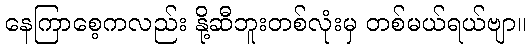
နေကြာစေ့ကလည်း နို့ဆီဘူးတစ်လုံးမှ တစ်မယ်ရယ်ဗျာ။